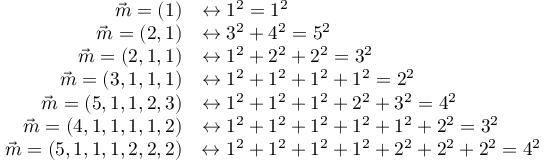
{ \begin{array} { r l } { { \vec { m } } = ( 1 ) } & { \leftrightarrow 1 ^ { 2 } = 1 ^ { 2 } } \\ { { \vec { m } } = ( 2 , 1 ) } & { \leftrightarrow 3 ^ { 2 } + 4 ^ { 2 } = 5 ^ { 2 } } \\ { { \vec { m } } = ( 2 , 1 , 1 ) } & { \leftrightarrow 1 ^ { 2 } + 2 ^ { 2 } + 2 ^ { 2 } = 3 ^ { 2 } } \\ { { \vec { m } } = ( 3 , 1 , 1 , 1 ) } & { \leftrightarrow 1 ^ { 2 } + 1 ^ { 2 } + 1 ^ { 2 } + 1 ^ { 2 } = 2 ^ { 2 } } \\ { { \vec { m } } = ( 5 , 1 , 1 , 2 , 3 ) } & { \leftrightarrow 1 ^ { 2 } + 1 ^ { 2 } + 1 ^ { 2 } + 2 ^ { 2 } + 3 ^ { 2 } = 4 ^ { 2 } } \\ { { \vec { m } } = ( 4 , 1 , 1 , 1 , 1 , 2 ) } & { \leftrightarrow 1 ^ { 2 } + 1 ^ { 2 } + 1 ^ { 2 } + 1 ^ { 2 } + 1 ^ { 2 } + 2 ^ { 2 } = 3 ^ { 2 } } \\ { { \vec { m } } = ( 5 , 1 , 1 , 1 , 2 , 2 , 2 ) } & { \leftrightarrow 1 ^ { 2 } + 1 ^ { 2 } + 1 ^ { 2 } + 1 ^ { 2 } + 2 ^ { 2 } + 2 ^ { 2 } + 2 ^ { 2 } = 4 ^ { 2 } } \end{array} }